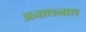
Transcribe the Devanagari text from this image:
अनाथनाथ